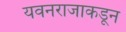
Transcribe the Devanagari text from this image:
यवनराजाकडून